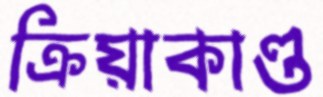
ক্রিয়াকাণ্ড